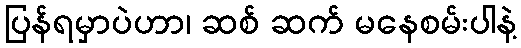
ပြန်ရမှာပဲဟာ၊ ဆစ် ဆက် မနေစမ်းပါနဲ့